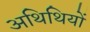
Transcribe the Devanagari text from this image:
अथिथियों